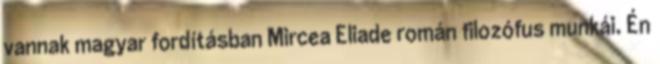
vannak magyar fordításban Mircea Eliade román filozófus munkái. Én